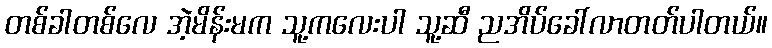
တစ်ခါတစ်လေ အဲ့မိန်းမက သူ့ကလေးပါ သူ့ဆီ ညအိပ်ခေါ်လာတတ်ပါတယ်။